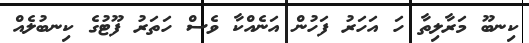
ކިނބޫ މަރާލިތާ ހަ އަހަރު ފަހުން އަނެއްކާ ވެސް ހަތަރު ފޫޓުގެ ކިނބުލެއް